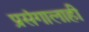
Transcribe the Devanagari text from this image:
प्रसंगालाही